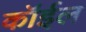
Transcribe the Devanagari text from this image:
कॉईल